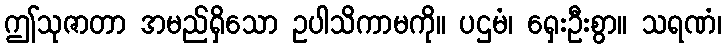
ဤသုဇာတာ အမည်ရှိသော ဥပါသိကာမကို။ ပဌမံ၊ ရှေးဦးစွာ။ သရဏံ၊